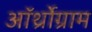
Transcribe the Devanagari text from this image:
ऑर्थ्रोग्राम